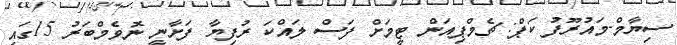
ސިޔާމް-މައުރޫފު ކަޕް: ޗެމްޕިއަން ޓީމަށް ފަސް ލައްކަ ރުފިޔާ ފަށާނީ ނޮވެމްބަރު 15ގައި